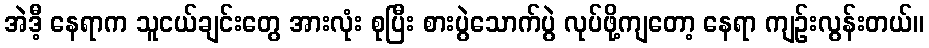
အဲဒီ့ နေရာက သူငယ်ချင်းတွေ အားလုံး စုပြီး စားပွဲသောက်ပွဲ လုပ်ဖို့ကျတော့ နေရာ ကျဉ်းလွန်းတယ်။